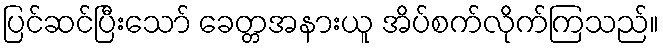
ပြင်ဆင်ပြီးသော် ခေတ္တအနားယူ အိပ်စက်လိုက်ကြသည်။